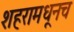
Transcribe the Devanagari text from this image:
शहरामधूनच